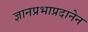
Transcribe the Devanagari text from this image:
ज्ञानप्रभाप्रदानेन